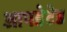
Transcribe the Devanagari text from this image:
आपडेटेड